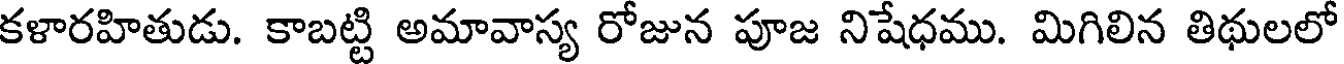
కళారహితుడు. కాబట్టి అమావాస్య రోజున పూజ నిషేధము. మిగిలిన తిథులలో